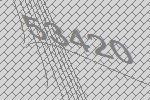
53420